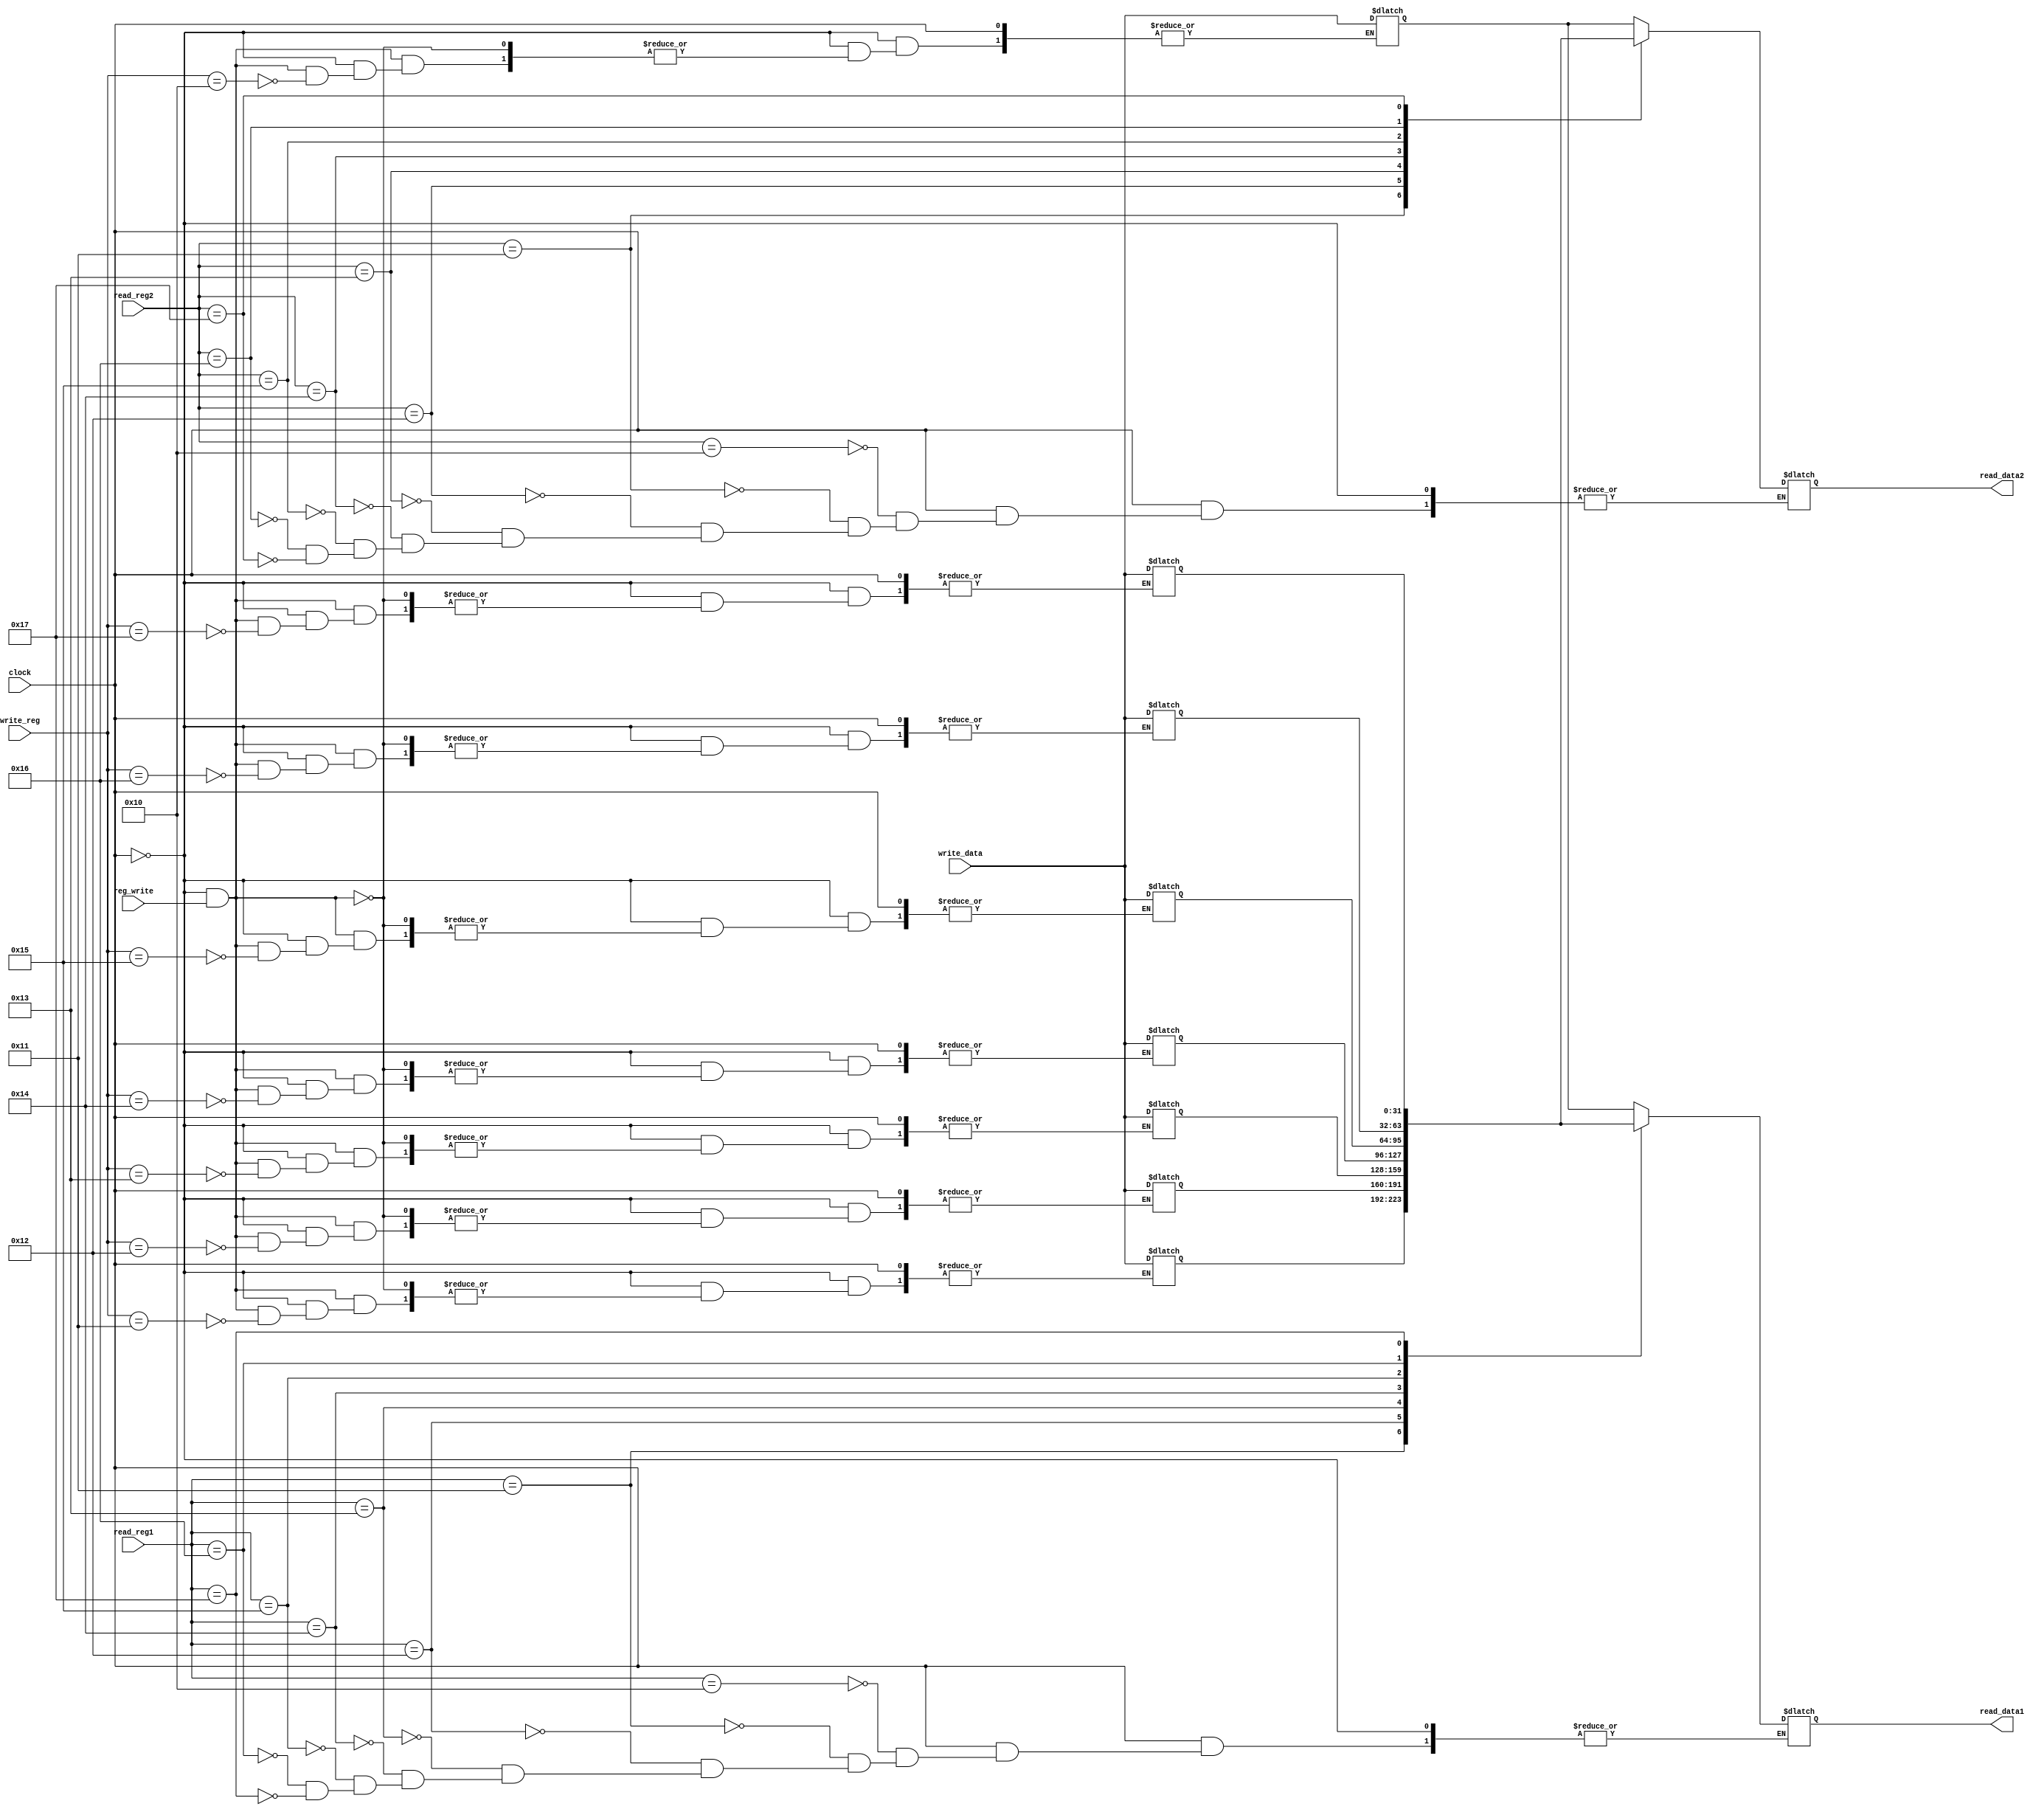
module reg_file(clock, reg_write, write_reg, read_reg1, read_reg2, read_data1, read_data2, write_data);

input clock, reg_write;
input [4:0] write_reg, read_reg1, read_reg2;
input [31:0] write_data;
output reg [31:0] read_data1, read_data2;
reg [31:0] s0,s1,s2,s3,s4,s5,s6,s7;
reg [31:0] t0,t1,t2,t3,t4,t5,t6,t7;

initial
begin
	s0 = 0;
	s1 = 0;
end

always @(clock)
begin
	//$display("reg_file %d, %d, %d, %d, %d, %d, %d, %d", s0, s1, s2, s3, s4, s5, s6 ,s7);
end


always @ (clock, read_reg1, read_reg2, write_reg, reg_write)
begin
	if(clock == 1)
	begin
    case(read_reg1)
    16:read_data1=s0;
    17:read_data1=s1;
    18:read_data1=s2;
    19:read_data1=s3;
    20:read_data1=s4;
    21:read_data1=s5;
    22:read_data1=s6;
    23:read_data1=s7;
    endcase

		case(read_reg2)
    16:read_data2=s0;
    17:read_data2=s1;
    18:read_data2=s2;
    19:read_data2=s3;
    20:read_data2=s4;
    21:read_data2=s5;
    22:read_data2=s6;
    23:read_data2=s7;
		endcase
	end
	else if(clock == 0 && reg_write == 1)
	begin
		case(write_reg)
			16:s0 = write_data;
			17:s1 = write_data;
			18:s2 = write_data;
			19:s3 = write_data;
			20:s4 = write_data;
			21:s5 = write_data;
			22:s6 = write_data;
			23:s7 = write_data;
		endcase
	end
end
endmodule